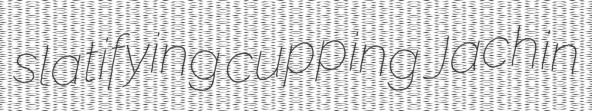
slatifying cupping Jachin